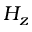
H _ { z }